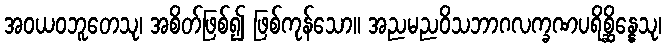
အဝယဝဘူတေသု၊ အစိတ်ဖြစ်၍ ဖြစ်ကုန်သော။ အညမညဝိသဘာဂလက္ခဏပရိစ္ဆိန္နေသု၊